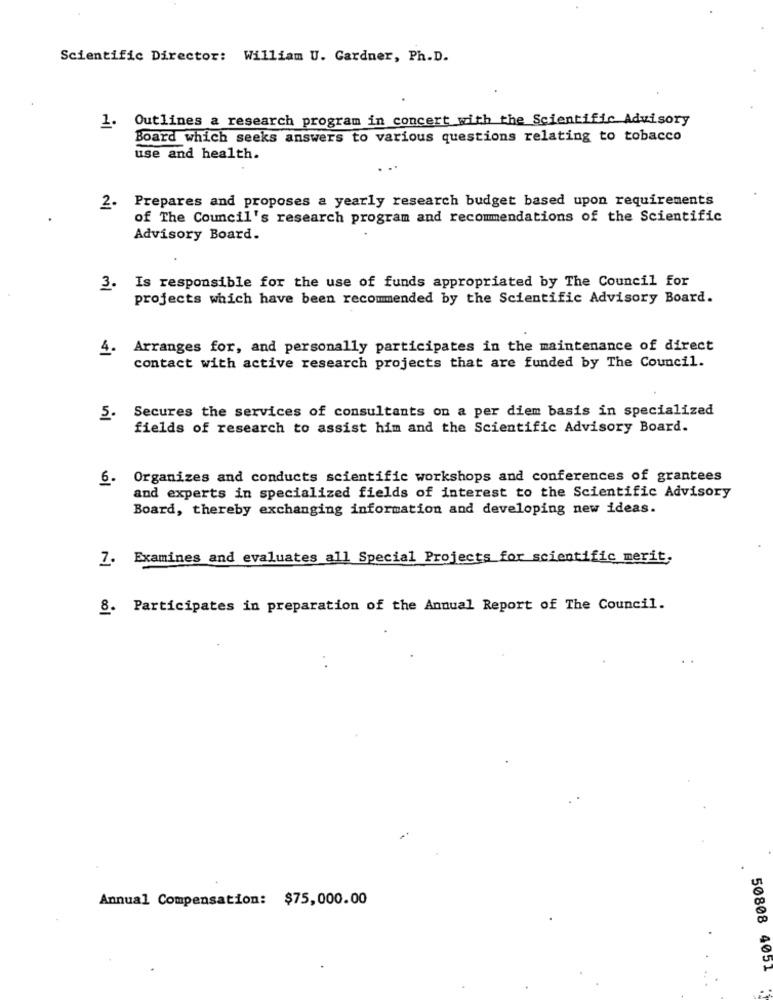
Scientific Director: William U. Gardner, Ph.D.
Outlines a research program in concert with the Scientific Advisory
1.
Board which seeks answers to various questions relating to tobacco
use and health.
Prepares and proposes a yearly research budget based upon requirements
2.
of The Council's research program and recommendations of the Scientific
Advisory Board.
3.
Is responsible for the use of funds appropriated by The Council for
projects which have been recommended by the Scientific Advisory Board.
4.
Arranges for, and personally participates in the maintenance of direct
contact with active research projects that are funded by The Council.
Secures the services of consultants on a per diem basis in specialized
5.
fields of research to assist him and the Scientific Advisory Board.
6. Organizes and conducts scientific workshops and conferences of grantees
and experts in specialized fields of interest to the Scientific Advisory
Board, thereby exchanging information and developing new ideas.
7. Examines and evaluates all Special Projects for scientific merit.
8. Participates in preparation of the Annual Report of The Council.
Annual Compensation: $75,000.00
50808 4051